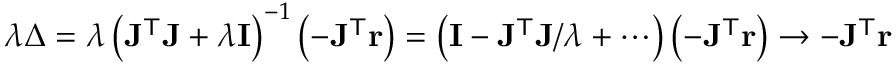
\lambda \Delta = \lambda \left( \mathbf { J ^ { \mathsf { T } } J } + \lambda \mathbf { I } \right) ^ { - 1 } \left( - \mathbf { J } ^ { \mathsf { T } } \mathbf { r } \right) = \left( \mathbf { I } - \mathbf { J ^ { \mathsf { T } } J } / \lambda + \cdots \right) \left( - \mathbf { J } ^ { \mathsf { T } } \mathbf { r } \right) \to - \mathbf { J } ^ { \mathsf { T } } \mathbf { r }